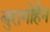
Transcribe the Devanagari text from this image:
बुरागोहैन